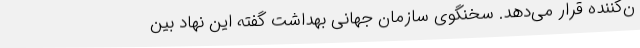
ن‌کننده قرار می‌دهد. سخنگوی سازمان جهانی بهداشت گفته این نهاد بین